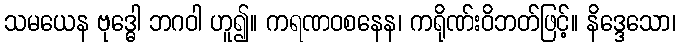
သမယေန ဗုဒ္ဓေါ ဘဂဝါ ဟူ၍။ ကရဏဝစနေန၊ ကရိုဏ်းဝိဘတ်ဖြင့်။ နိဒ္ဒေသော၊